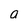
Character: a